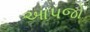
આપજો